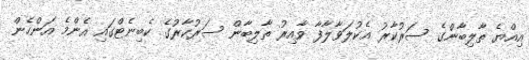
އިއްޔެ ތާލިބާނުްގެ ސަރުކާރު އެކުލަވާލާފާ ވާއިރު ތާލިބާން ސަރުކާރުގެ ކެބިނެޓްގައި އެންމެ އަންހެން